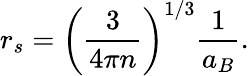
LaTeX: r_{s}=\left(\frac{3}{4\pi n}\right)^{1/3}\frac{1}{a_{B}}.